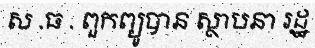
ស .ធ . ពួកព្យូបាន ស្ថាបនា រដ្ឋ